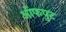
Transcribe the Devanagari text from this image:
ऑफपुट